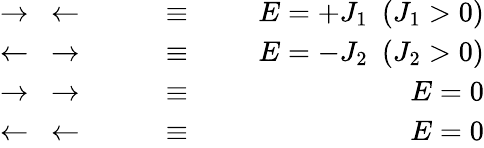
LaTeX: \begin{array}{rlr}{\rightarrow~\leftarrow~~~~~~}&{{}\equiv}&{~~~~~~E=+J_{1}~~(J_{1}>0)}\\ {\leftarrow~\rightarrow~~~~~~}&{{}\equiv}&{~~~~~~E=-J_{2}~~(J_{2}>0)}\\ {\rightarrow~\rightarrow~~~~~~}&{{}\equiv}&{~~~~~~E=0}\\ {\leftarrow~\leftarrow~~~~~~}&{{}\equiv}&{~~~~~~E=0}\end{array}